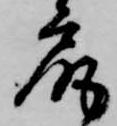
尻